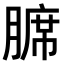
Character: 𫟊